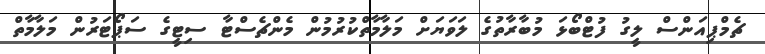
ޗެމްޕިއަންސް ލީގު ފުޓްބޯޅަ މުބާރާތުގެ ލަވަޔަށް މަލާމާތްކުރުމުން މެންޗެސްޓާ ސިޓީގެ ސަޕޯޓަރުން މަލާމާތް